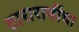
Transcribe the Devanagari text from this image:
ताराराणींचा